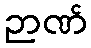
ဉာဏ်